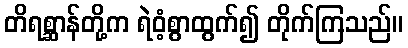
တိရစ္ဆာန်တို့က ရဲဝံ့စွာထွက်၍ တိုက်ကြသည်။